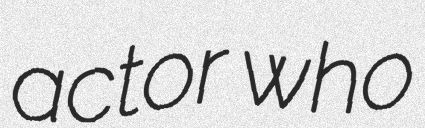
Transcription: actor who